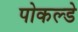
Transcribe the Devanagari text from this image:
पोकल्डे